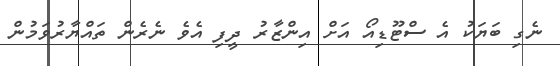
ނެގި ބަޔަކު އެ ސްޓޫޑިއޯ އަށް އިންޒާރު ދީފި އެވެ ނެރެން ތައްޔާރުވަމުން